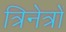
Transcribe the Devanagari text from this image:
त्रिनेत्रों